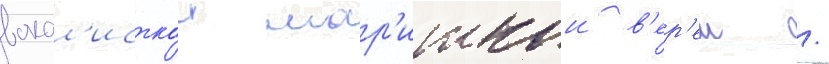
вокал'исткои мар'ишкои в'ер'еш /